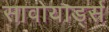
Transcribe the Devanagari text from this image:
सावोयार्ड्स